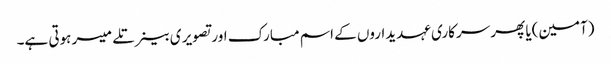
(آمین)یا پھر سرکاری عہدیداروں کے اسم مبارک اور تصویر ی بینر تلے میسر ہوتی ہے۔